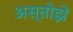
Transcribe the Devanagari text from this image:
अस्तोझे